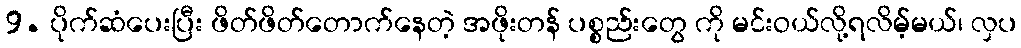
9. ပိုက်ဆံပေးပြီး ဖိတ်ဖိတ်တောက်နေတဲ့ အဖိုးတန် ပစ္စည်းတွေ ကို မင်းဝယ်လို့ရလိမ့်မယ်၊ လှပ